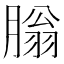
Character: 䐥